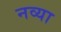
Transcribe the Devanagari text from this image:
नव्‍या